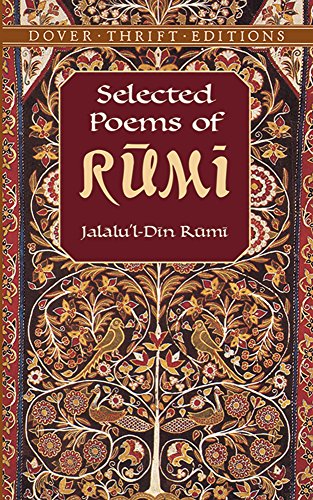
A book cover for Selected Poems of Rumi (Dover Thrift Editions); Jalalu'l-Din Rumi; Literature & Fiction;